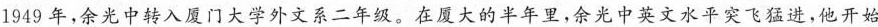
1949年，余光中转入门大学外文系二年级，在厦大的半年里，余光中英文水平突飞猛进，他开始